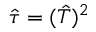
\hat { \tau } = ( \hat { T } ) ^ { 2 }